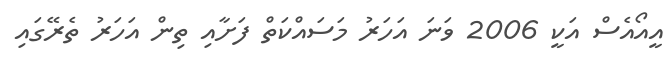
އީއޯއެސް އަކީ 2006 ވަނަ އަހަރު މަސައްކަތް ފަށާއި ތިން އަހަރު ތެރޭގައި